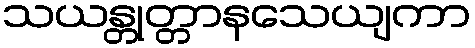
သယန္တုတ္တာနသေယျကာ